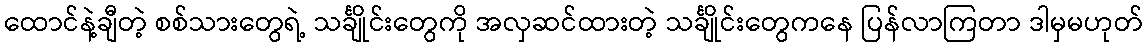
ထောင်နဲ့ချီတဲ့ စစ်သားတွေရဲ့ သင်္ချိုင်းတွေကို အလှဆင်ထားတဲ့ သင်္ချိုင်းတွေကနေ ပြန်လာကြတာ ဒါမှမဟုတ်